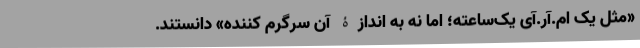
«مثل یک ام.آر.آیِ یک‌ساعته؛ اما نه به اندازۀ آن سرگرم کننده» دانستند.